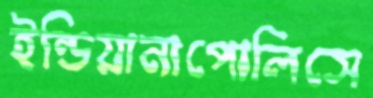
ইন্ডিয়ানাপোলিসে